Tartu_linnavalitsus, lk 38
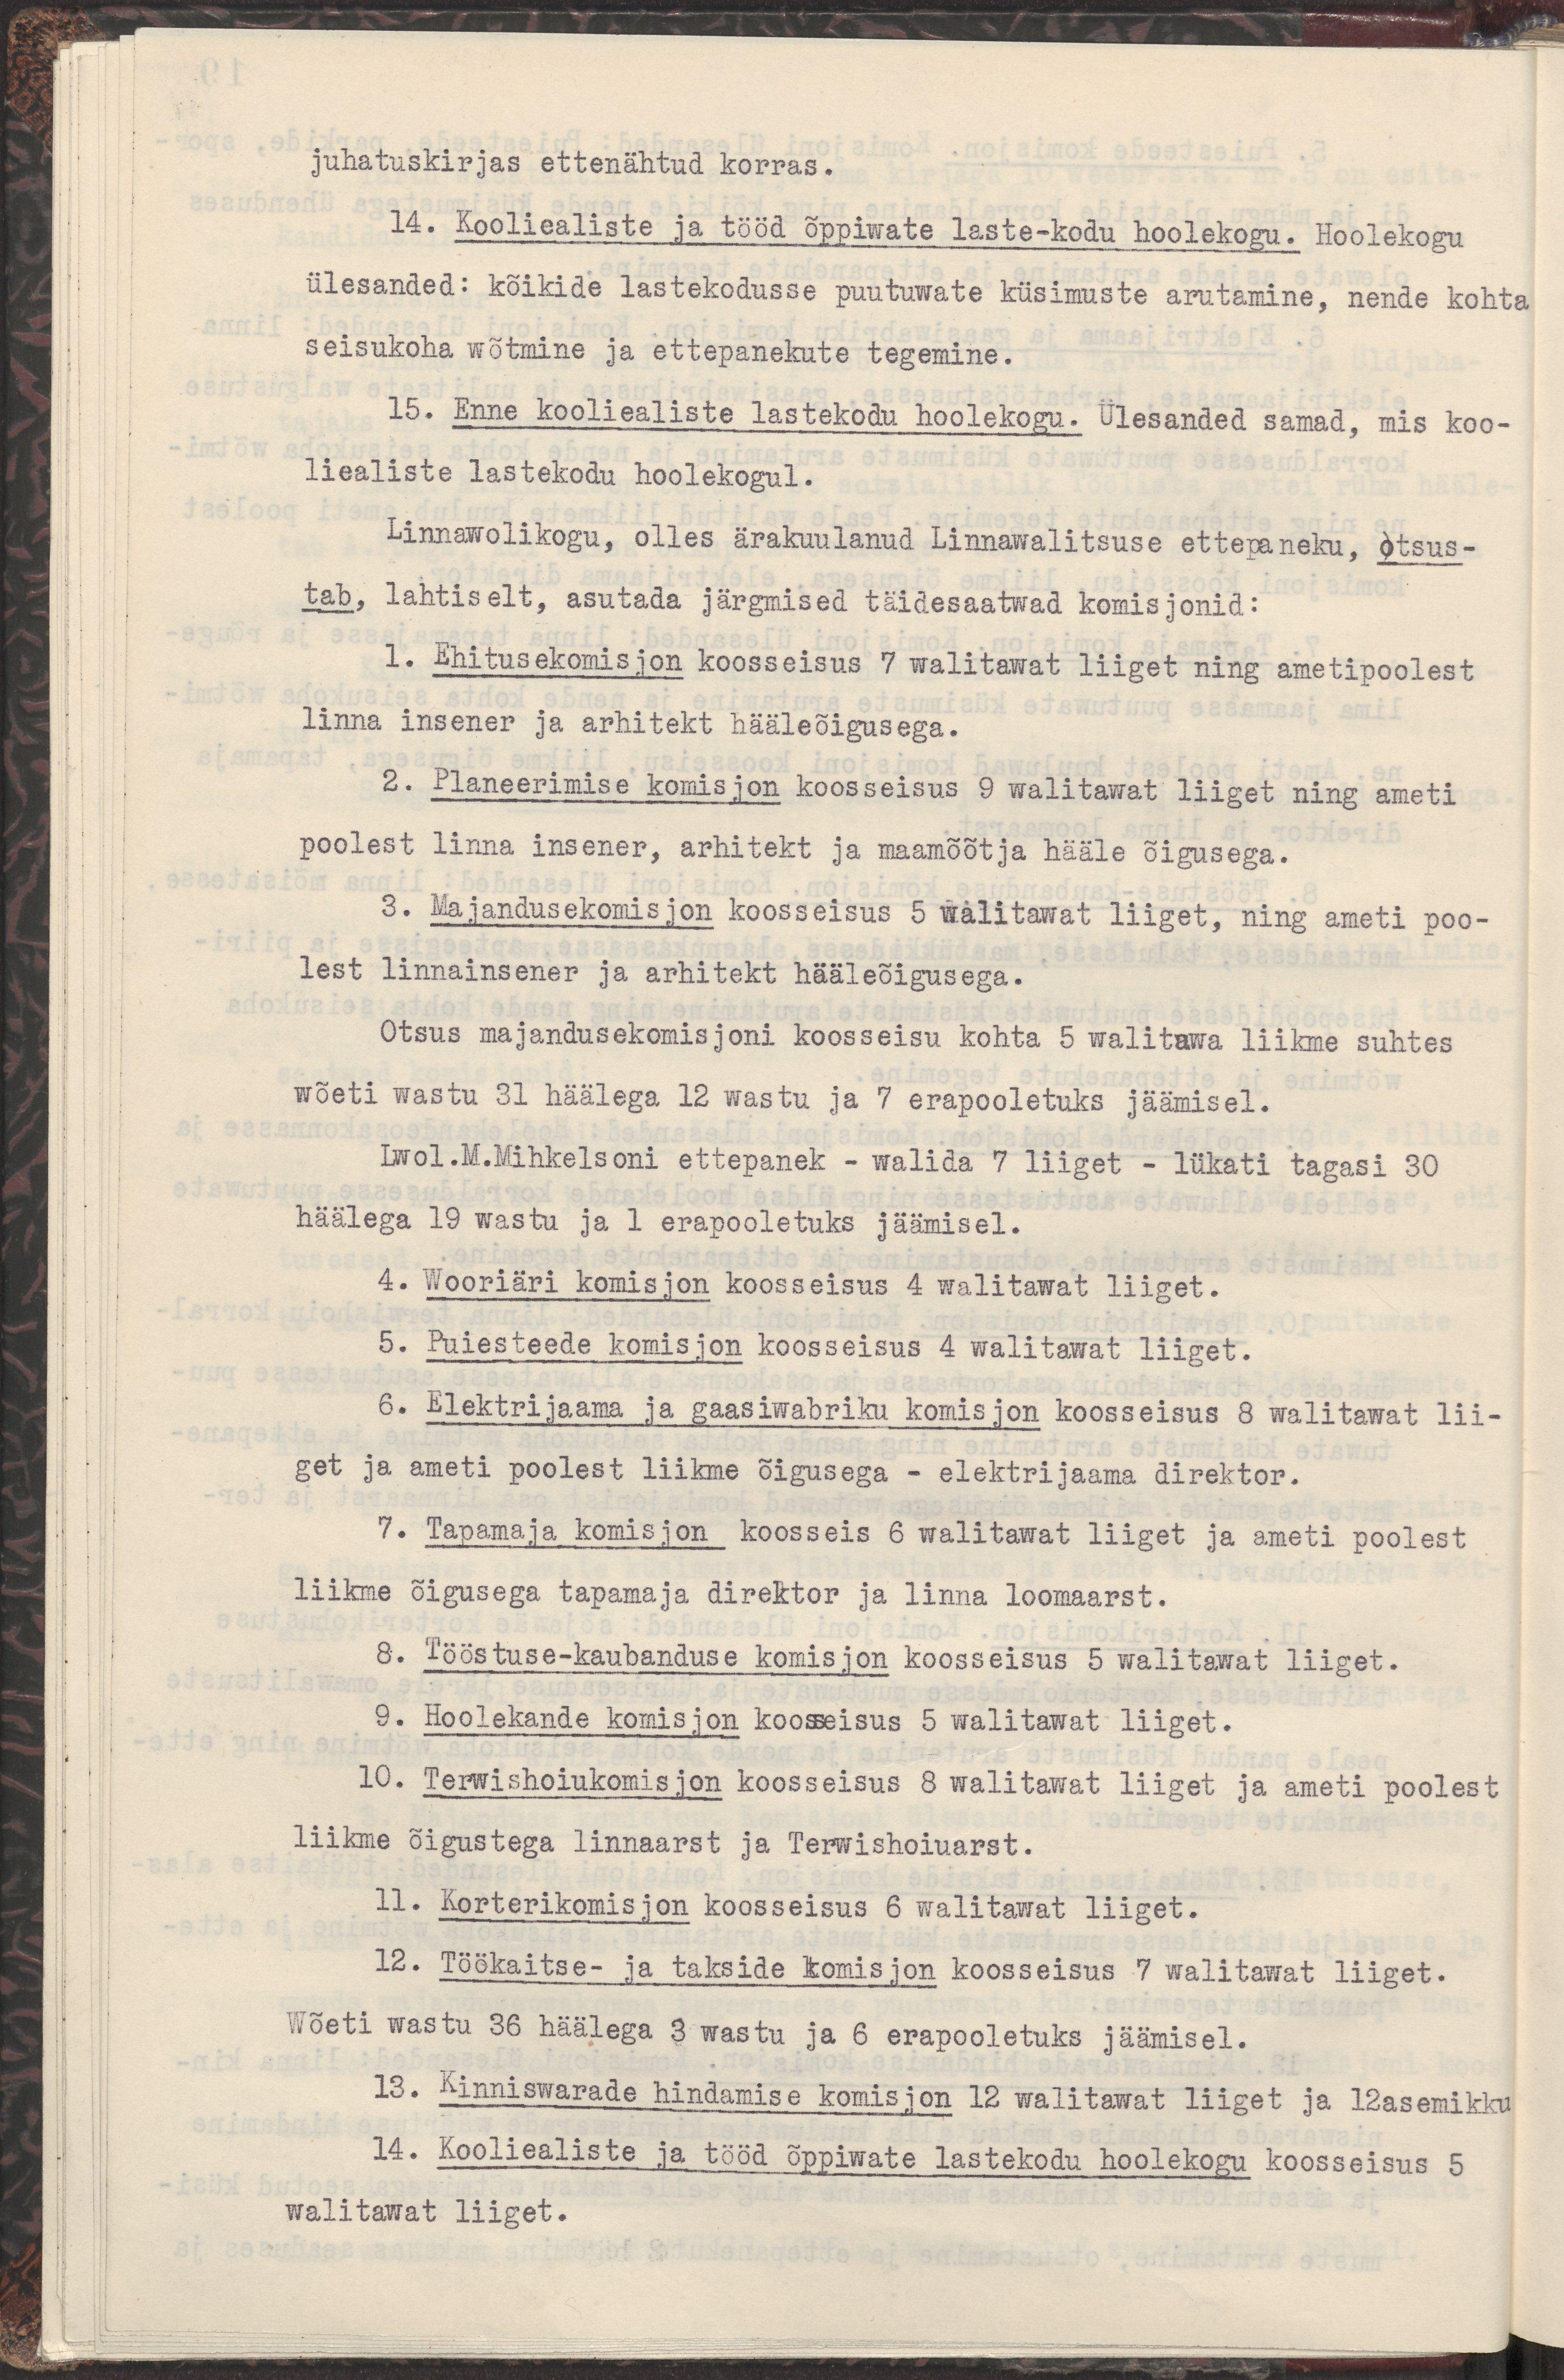
juhatuskirjas ettenähtud korras.
14. Kooliealiste ja tööd õppiwate laste-kodu hoolekogu. Hoolekogu
ülesanded: kõikide lastekodusse puutuwate küsimuste arutamine, nende kohta
seisukoha wõtmine ja ettepanekute tegemine.
15. Enne kooliealiste lastekodu hoolekogu. Ülesanded samad, mis koo-
liealiste lastekodu hoolekogul.
Linnawolikogu, olles ärakuulanud Linnawalitsuse ettepaneku, otsus-
tab, lahtiselt, asutada järgmised täidesaatwad komisjonid:
1. Ehitusekomisjon koosseisus 7 walitawat liiget ning ametipoolest
linna insener ja arhitekt hääleõigusega.
2. Planeerimise komisjon koosseisus 9 walitawat liiget ning ameti
poolest linna insener, arhitekt ja maamõõtja hääle õigusega.
3. Majanduskomisjon koosseisus 5 walitawat liiget ning ameti poo-
lest linnainsener ja arhitekt hääleõigusega.
Otsus majanduskomisjoni koosseisu kohta 5 walitawa liikme suhtes
wõeti wastu 31 häälega 12 wastu ja 7 erapooletuks jäämisel.
Lwol. M. Mihkelsoni ettepanek - walida 7 liiget - lükati tagasi 30
häälega 19 wastu ja 1 erapooletuks jäämisel.
4. Wooriäri komisjon koosseisus 4 walitawat liiget.
5. Puiesteede komisjon koosseisus 4 walitawat liiget.
6. Elektrijaama ja gaasiwabriku komisjon koosseisus 8 walitawat lii-
get ja ameti poolest liikme õigusega - elektrijaama direktor.
7. Tapamaja komisjon koosseis 6 walitawat liiget ja ameti poolest
liikme õigusega tapamaja direktor ja linna loomaarst.
8. Tööstuse-kaubanduse komisjon koosseisus 5 walitawat liiget.
9. Hoolekande komisjon koosseisus 5 walitawat liiget.
10. Terwishoiukomisjon koosseisus 8 walitawat liiget ja ameti poolest
liikme õigustega linnaarst ja Terwishoiuarst.
11. Korterikomisjon koosseisus 6 walitawat liiget.
12. Töökaitse- ja takside komisjon koosseisus 7 walitawat liiget.
Wõeti wastu 36 häälega 3 wastu ja 6 erapooletuks jäämisel.
13. Kinniswarade hindamise komisjon 12 walitawat liiget ja 12asmenikku
14. Kooliealiste ja tööd õppiwate lastekodu hoolekogu koosseisus 5
walitawat liiget.